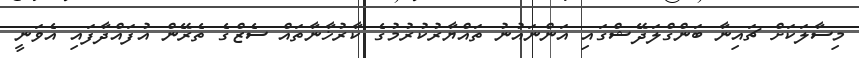
މިސާލަކަށް ޗައިނާ ބަންގްލަދޭޝްގައި އަންނައުނު ތައްޔާރުކުރުމުގެ ކާރުޚާނާތައް ސެޒްގެ ތެރޭން އުފައްދާފައި އެވަނީ